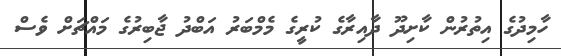
ހާމިދުގެ އިތުރުން ކާށިދޫ ދާއިރާގެ ކުރީގެ މެމްބަރު އަބްދު ޖާބިރުގެ މައްޗަށް ވެސް